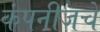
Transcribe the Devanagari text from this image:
कंपनीजचे